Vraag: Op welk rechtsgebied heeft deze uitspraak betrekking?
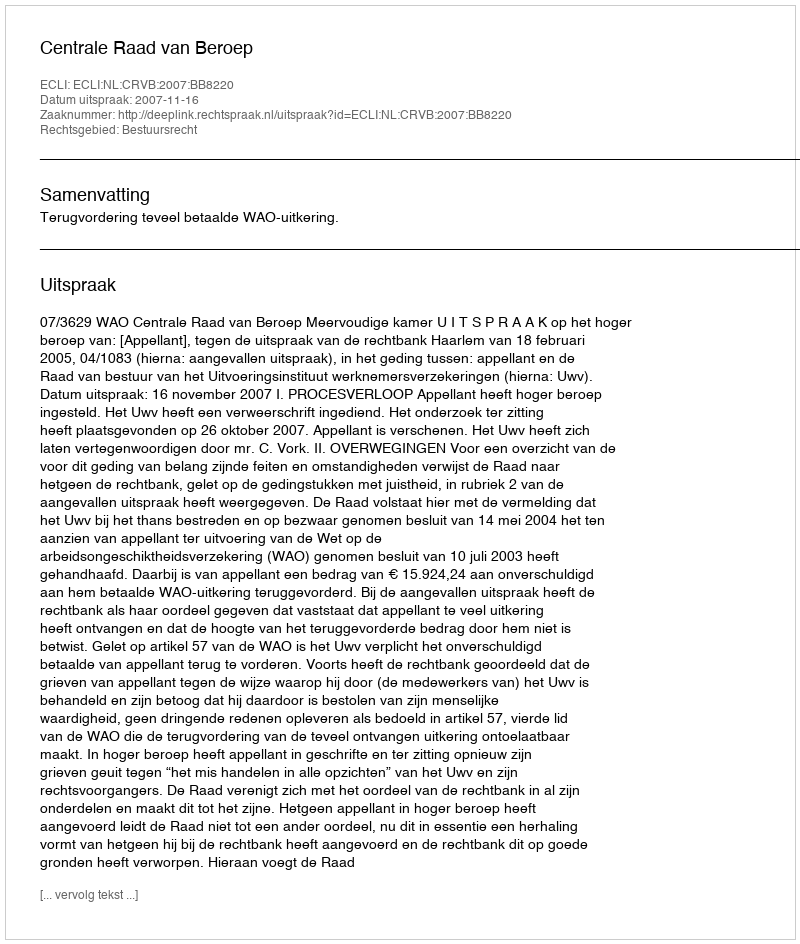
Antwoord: Bestuursrecht